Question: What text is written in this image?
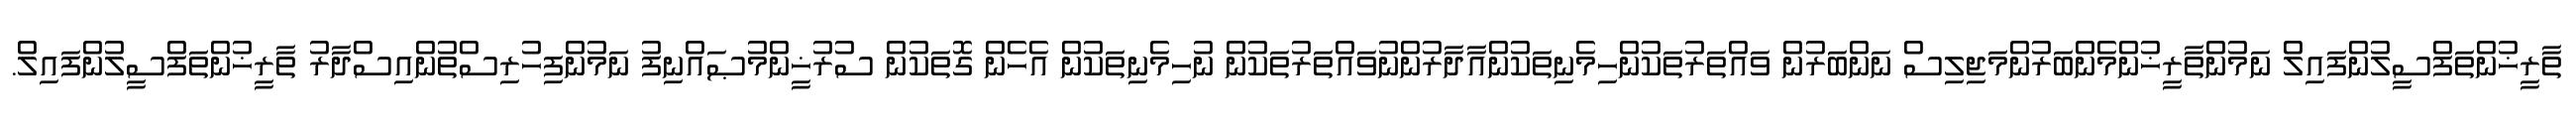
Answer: ތާރީޚުންތަފްސީލުންފައިލް ނަމުންތާރީޚުންމެންބަރުންމަޖިލިސް ނަންބަރުން ވައްތަރުތަކުންހިމެނިތަކުންއާދާރުންނުވައްތަރުތަކުން ނުހިމެނިތަކުން އެހެން ގޮތަކުން ސުރުޚީންމުޞައްނިފު ނަމުންފިހުރިސްތުންއިސްދާރު ތާރީޚުންތަފްސީލުންފައިލް.